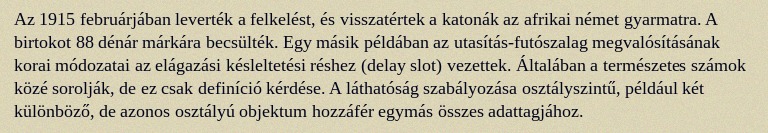
Az 1915 februárjában leverték a felkelést, és visszatértek a katonák az afrikai német gyarmatra. A birtokot 88 dénár márkára becsülték. Egy másik példában az utasítás-futószalag megvalósításának korai módozatai az elágazási késleltetési réshez (delay slot) vezettek. Általában a természetes számok közé sorolják, de ez csak definíció kérdése. A láthatóság szabályozása osztályszintű, például két különböző, de azonos osztályú objektum hozzáfér egymás összes adattagjához.